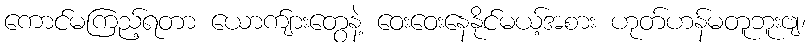
ကောင်မကြည့်ရတာ ယောက်ျားတွေနဲ့ ဝေးဝေးနေနိုင်မယ့်အစား ဟုတ်ဟန်မတူဘူးဗျ၊